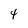
Character: 4